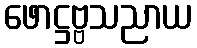
ဖောဋ္ဌဗ္ဗသညာယ